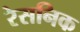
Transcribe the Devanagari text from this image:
रेसनिक